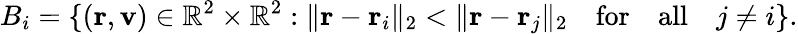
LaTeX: B_{i}=\{ (\mathbf{r},\mathbf{v})\in\mathbb{R}^{2}\times\mathbb{R}^{2}:\| \mathbf{r}-\mathbf{r}_{i}\| _{2}<\| \mathbf{r}-\mathbf{r}_{j}\| _{2}\quad\mathrm{for}\quad\mathrm{all}\quad j\neq i\} .